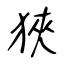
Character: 狹